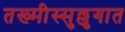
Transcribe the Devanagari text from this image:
तख्मीस्सुल्लुगात